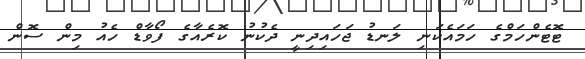
ޓޮޓެންހަމްގެ ހަމައެކަނި ލަނޑު ޖަހައިދިނީ ދެކުނު ކޮރެއާގެ ފޯވާޑް ހެއު މިން ސޮން